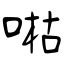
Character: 喖